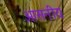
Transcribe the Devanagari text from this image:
आसनीय